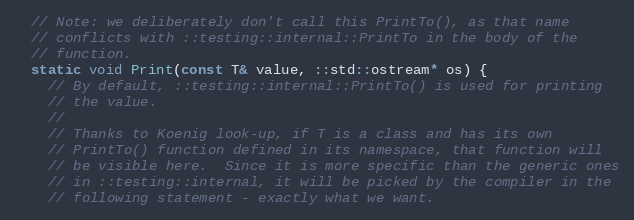
Language: C
  // Note: we deliberately don't call this PrintTo(), as that name
  // conflicts with ::testing::internal::PrintTo in the body of the
  // function.
  static void Print(const T& value, ::std::ostream* os) {
    // By default, ::testing::internal::PrintTo() is used for printing
    // the value.
    //
    // Thanks to Koenig look-up, if T is a class and has its own
    // PrintTo() function defined in its namespace, that function will
    // be visible here.  Since it is more specific than the generic ones
    // in ::testing::internal, it will be picked by the compiler in the
    // following statement - exactly what we want.